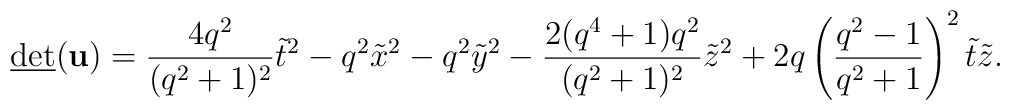
\underline{\mbox{det}} (\mbox{\bf u}) = \frac{4q^2}{(q^2 +1)^2}\tilde{t}^2 - q^2 \tilde{x}^2 -q^2 \tilde{y}^2 - \frac{2(q^4 +1)q^2}{(q^2 +1)^2} \tilde{z}^2 +2q \left( \frac{q^2 -1}{q^2 +1}\right)^2 \tilde{t} \tilde{z} .